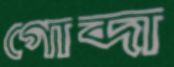
গোব্দা